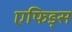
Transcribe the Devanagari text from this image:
एफिड्स